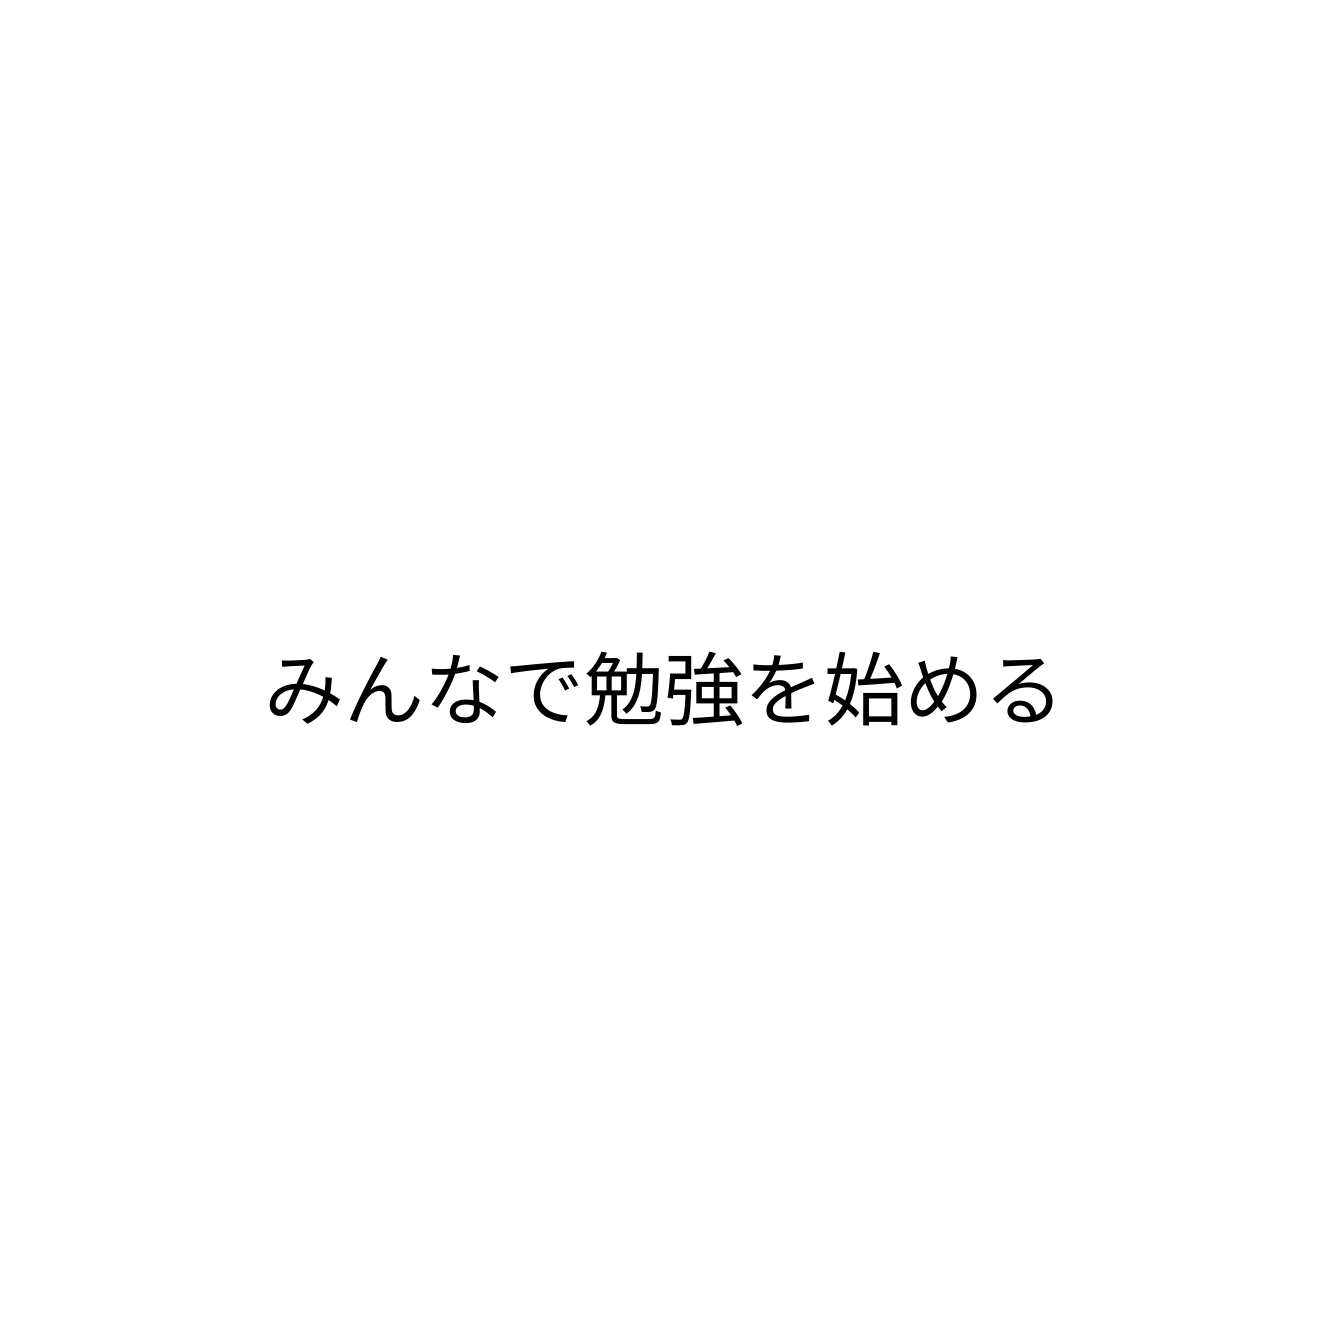
みんなで勉強を始める